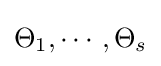
\Theta _{1},\cdots ,\Theta _{s}